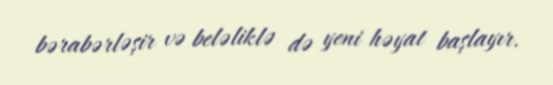
bərabərləşir və beləliklə də yeni həyat başlayır.